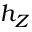
h _ { Z }